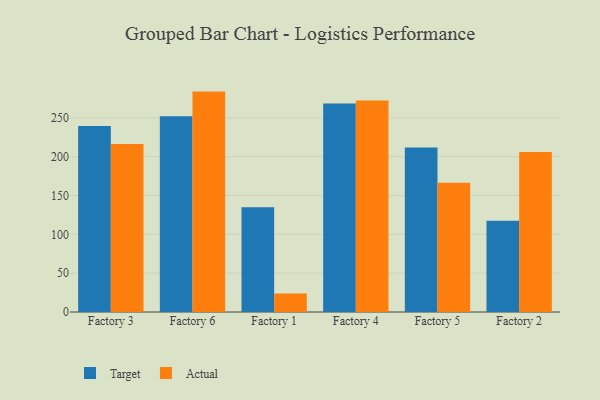
{"axis": {"x": "Factory", "y": "Page Views"}, "legend": ["Actual", "Target"], "data": [{"x": "Factory 3", "y": 239.5, "type": "Target"}, {"x": "Factory 3", "y": 216.5, "type": "Actual"}, {"x": "Factory 6", "y": 252.1, "type": "Target"}, {"x": "Factory 6", "y": 283.9, "type": "Actual"}, {"x": "Factory 1", "y": 135.0, "type": "Target"}, {"x": "Factory 1", "y": 23.7, "type": "Actual"}, {"x": "Factory 4", "y": 268.7, "type": "Target"}, {"x": "Factory 4", "y": 272.4, "type": "Actual"}, {"x": "Factory 5", "y": 212.0, "type": "Target"}, {"x": "Factory 5", "y": 166.6, "type": "Actual"}, {"x": "Factory 2", "y": 117.6, "type": "Target"}, {"x": "Factory 2", "y": 206.1, "type": "Actual"}]}